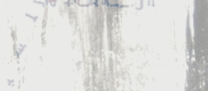
محل العثامبة للسباكة والك